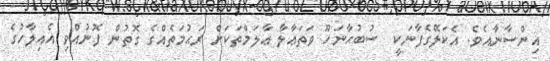
އިންސާނާއެވެ. އެކަލޭގެފާނަކީ  ސުބުޙާނަހޫ ވަތަޢާލާ ޢާލަމްތަކަށް ރަޙުމަތެއްގެ ގޮތުން ފޮނުއްވި އެއިލާހުގެ